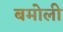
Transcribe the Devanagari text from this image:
बमोली